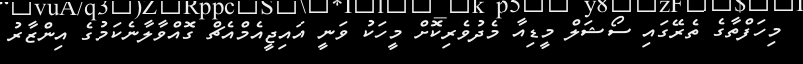
މިހަފްތާގެ ތެރޭގައި ސޯޝަލް މީޑިއާ މެދުވެރިކޮށް މީހަކު ވަނީ އައިޖީއެމްއެޗް ގޮއްވާލާނެކަމުގެ އިންޒާރު